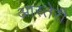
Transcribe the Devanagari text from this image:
आस्तेरी